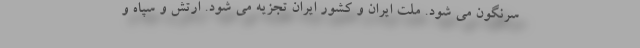
سرنگون می شود. ملت ایران و کشور ایران تجزیه می شود. ارتش و سپاه و